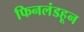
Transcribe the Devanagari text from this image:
फिनलंडहून